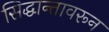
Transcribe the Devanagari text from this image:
सिद्धान्तावरून